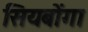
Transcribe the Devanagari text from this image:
सियबोंगा